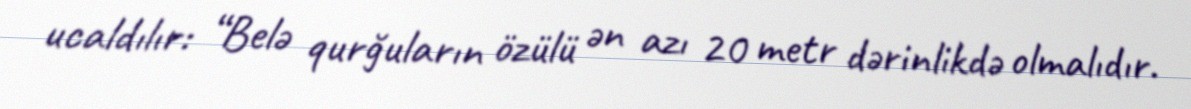
ucaldılır: “Belə qurğuların özülü ən azı 20 metr dərinlikdə olmalıdır.